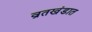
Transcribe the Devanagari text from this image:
व्रतखंडात